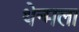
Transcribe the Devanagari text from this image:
थेन्मला